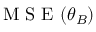
\mathrm { ~ M ~ S ~ E ~ } ( \boldsymbol { \theta } _ { B } )